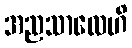
အညသာလေဟိ